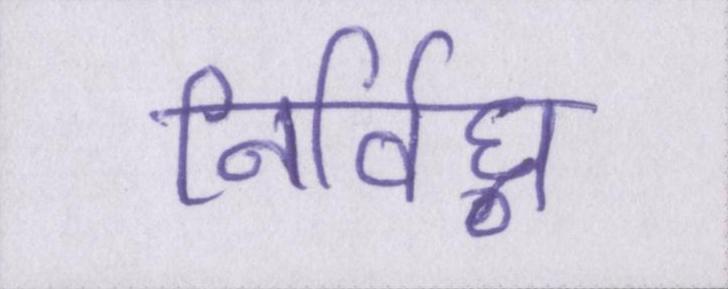
निर्विघ्न